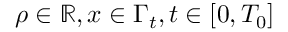
\rho \in \ensuremath { \mathbb { R } } , x \in \Gamma _ { t } , t \in [ 0 , T _ { 0 } ]